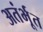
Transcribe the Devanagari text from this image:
अतंर्भूत